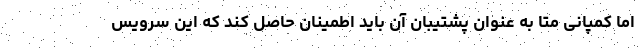
اما کمپانی متا به عنوان پشتیبان آن باید اطمینان حاصل کند که این سرویس